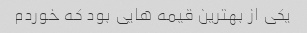
یکی از بهترین قیمه هایی بود که خوردم